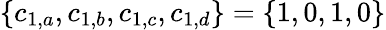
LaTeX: \{ c_{1,a},c_{1,b},c_{1,c},c_{1,d}\} =\{ 1,0,1,0\}